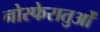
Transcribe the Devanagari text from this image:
नोस्फेरातुओं